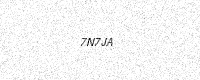
Text: 7N7JA